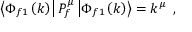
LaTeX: \left\langle \Phi _ { f 1 } \left( k \right) \right| P _ { f } ^ { \mu } \left| \Phi _ { f 1 } \left( k \right) \right\rangle = k ^ { \mu } \; \, ,